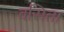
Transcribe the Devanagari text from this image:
वसिता